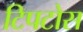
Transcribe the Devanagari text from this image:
टिपटोस